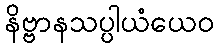
နိဗ္ဗာနသပ္ပါယံယေဝ